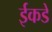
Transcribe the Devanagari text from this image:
ईकडे